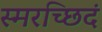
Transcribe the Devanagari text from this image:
स्मरच्छिदं